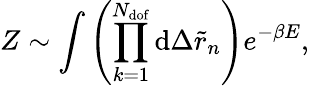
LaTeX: Z\sim\int{\left(\prod_{k=1}^{N_{\mathrm{dof}}}{\mathrm{d}\Delta\tilde{r}_{n}}\right)e^{-\beta E}},